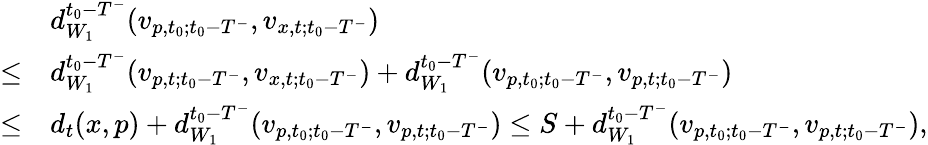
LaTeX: \begin{array}{rl}&{d_{W_{1}}^{t_{0}-T^{-}}(v_{p,t_{0};t_{0}-T^{-}},v_{x,t;t_{0}-T^{-}})}\\ {\le}&{d_{W_{1}}^{t_{0}-T^{-}}(v_{p,t;t_{0}-T^{-}},v_{x,t;t_{0}-T^{-}})+d_{W_{1}}^{t_{0}-T^{-}}(v_{p,t_{0};t_{0}-T^{-}},v_{p,t;t_{0}-T^{-}})}\\ {\le}&{d_{t}(x,p)+d_{W_{1}}^{t_{0}-T^{-}}(v_{p,t_{0};t_{0}-T^{-}},v_{p,t;t_{0}-T^{-}})\le S+d_{W_{1}}^{t_{0}-T^{-}}(v_{p,t_{0};t_{0}-T^{-}},v_{p,t;t_{0}-T^{-}}),}\end{array}